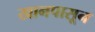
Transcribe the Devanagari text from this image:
खानपासून